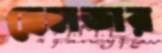
হেলডার